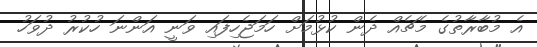
އެ މުބާރާތުގެ މެޗެއް ދެން ކުޅުމަށް ހަމަޖެހިފައި ވަނީ އަންނަ ހުކުރު ދުވަހު